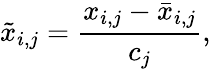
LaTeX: \tilde{x}_{i,j}=\frac{x_{i,j}-\bar{x}_{i,j}}{c_{j}},